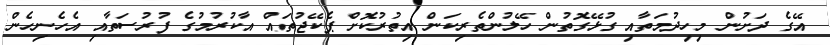
އޭގެ ދަށުން މިހިދުމަތާއި ގުޅޭގޮތުން ހޭލުންތެރިކަން އިތުރުކޮށް ޕެކޭޖުތައް އާކުރުމުގެ ފުރުސަތާއި އެހެނިހެން